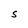
Character: s